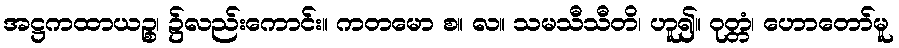
အဋ္ဌကထာယဉ္စ၊ ၌လည်းကောင်း။ ကတမော စ။ လ။ သမသီသီတိ၊ ဟူ၍။ ဝုတ္တံ၊ ဟောတော်မူ